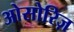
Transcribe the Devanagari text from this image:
ओसोरिज़